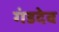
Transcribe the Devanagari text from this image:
गंडदेव